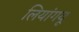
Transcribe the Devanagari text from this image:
लियांगयू